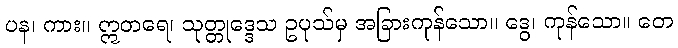
ပန၊ ကား။ ဣတရေ၊ သုတ္တုဒ္ဒေသ ဥပုသ်မှ အခြားကုန်သော။ ဒွေ၊ ကုန်သော။ တေ